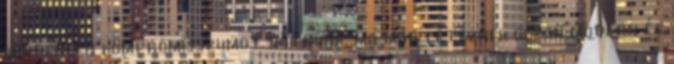
mindenben kompromisszumot kötnünk, ma már léteznek olyan modern és